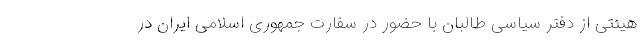
هیئتی از دفتر سیاسی طالبان با حضور در سفارت جمهوری اسلامی ایران در